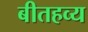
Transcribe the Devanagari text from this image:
बीतहव्य